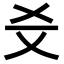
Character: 𤕜